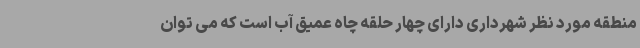
منطقه مورد نظر شهرداری دارای چهار حلقه چاه عمیق آب است که می توان